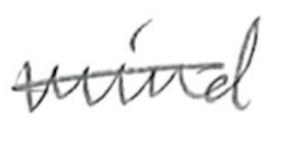
Text: mind
Cross-out: single-line
Writing tool: pencil